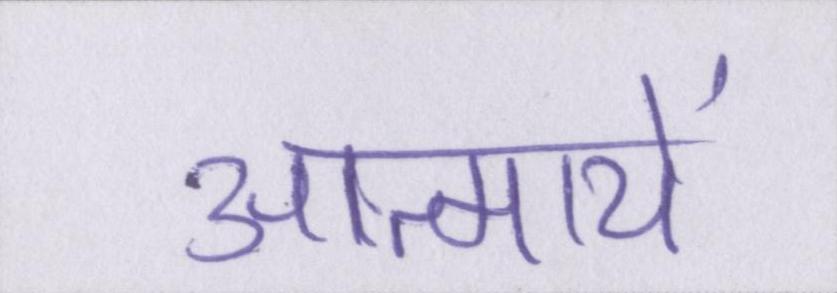
आत्मायें